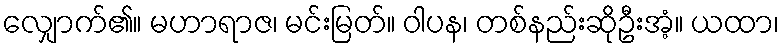
လျှောက်၏။ မဟာရာဇ၊ မင်းမြတ်။ ဝါပန၊ တစ်နည်းဆိုဦးအံ့။ ယထာ၊